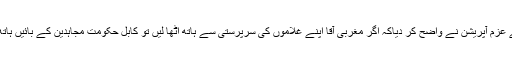
رواں سال کے عزم آپریشن نے واضح کر دیاکہ اگر مغربی آقا اپنے غلاموں کی سرپرستی سے ہاتھ اٹھا لیں تو کابل حکومت مجاہدین کے بائیں ہاتھ کا کھیل ہے۔